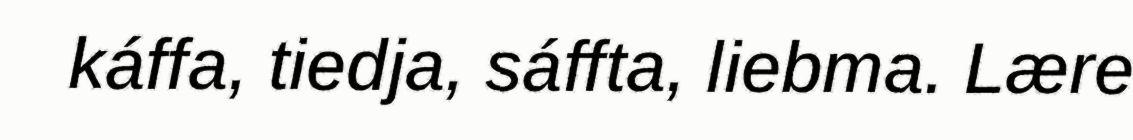
káffa, tiedja, sáffta, liebma. Lære